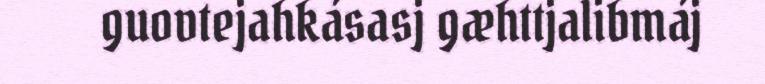
guovtejahkásasj gæhttjalibmáj